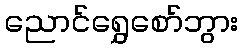
ညောင်ရွှေစော်ဘွား